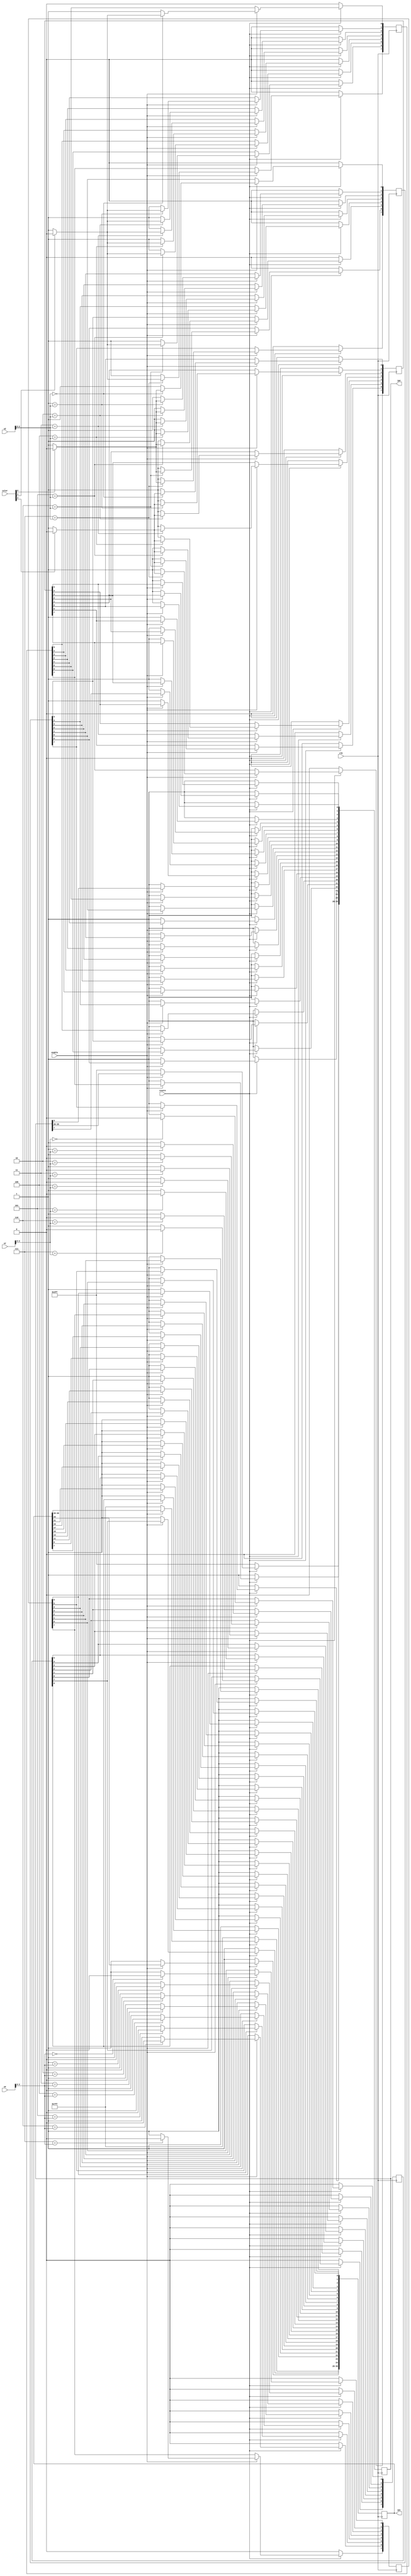
module LEDdisplay(input clk, input resetn,input enable,
	input [3:0] oX,input [3:0] oY,input [3:0] oZ,input [3:0] color,
	output reg [35:0] jp1, output reg  [35:0] jp2
	);
	
	//there can only be 1 '1' in x,y,z representing 1 lights
	
	
	// with (x,y) -NOR gate -> as neg end (ground)
	// z with selected colot -> as pos end (power)
	
	reg [7:0] x,y,z1,z2,z3;
	
	integer i;
	
	always @(posedge clk) begin
		if(~resetn) begin
			x <= 8'd0;
			y <= 8'd0;
			z1 <= 8'd0;
			z2 <= 8'd0;
			z3 <= 8'd0;
			jp2 <= {36{1'b1}};
			jp1 <= {36{1'b1}};
			
		end
		
		else if(enable) begin
			
			for(i=0;i<8;i=i+1) begin
				if(i == oX[2:0]) x[i] <= 0;
				else x[i] <= 1;
				
				if(i == oY[2:0]) y[i] <= 0;
				else y[i] <= 1;
				
				if(i == oZ[2:0]) begin
				
					if(color[2] == 1) z1[i] <= 0;
					else z1[i] <= 1;
					
					if(color[1] == 1) z2[i] <= 0;
					else z2[i] <= 1;
					
					if(color[0] == 1) z3[i] <= 0;
					else z3[i] <= 1;
					
				end
				else begin
					z1[i] <= 1;
					z2[i] <= 1;
					z3[i] <= 1;
				end
				
			end
			
			//on jp1
			jp1[0] <= x[0];
			jp1[2] <= x[1];
			jp1[4] <= x[2];
			jp1[6] <= x[3];
			jp1[8] <= x[4];
			jp1[1] <= x[5];
			jp1[3] <= x[6];
			jp1[5] <= x[7];
		
			jp1[10] <= y[0];
			jp1[12] <= y[1];
			jp1[14] <= y[2];
			jp1[16] <= y[3];
			jp1[18] <= y[4];
			jp1[20] <= y[5];
			jp1[22] <= y[6];
			jp1[24] <= y[7];
			
			
			//jp2
			jp2[0] <= z1[0];
			jp2[2] <= z1[1];
			jp2[4] <= z1[2];
			jp2[6] <= z1[3];
			jp2[8] <= z1[4];
			jp2[1] <= z1[5];
			jp2[3] <= z1[6];
			jp2[5] <= z1[7];
			
			jp2[10] <= z2[0];
			jp2[12] <= z2[1];
			jp2[14] <= z2[2];
			jp2[16] <= z2[3];
			jp2[18] <= z2[4];
			jp2[20] <= z2[5];
			jp2[22] <= z2[6];
			jp2[24] <= z2[7];
			
			jp2[11] <= z3[0];
			jp2[13] <= z3[1];
			jp2[15] <= z3[2];
			jp2[17] <= z3[3];
			jp2[19] <= z3[4];
			jp2[21] <= z3[5];
			jp2[23] <= z3[6];
			jp2[25] <= z3[7];
			
		
		end
		
		else begin
			jp2 <= {36{1'b1}};
			jp1 <= {36{1'b1}};
		end
			
		
	end
	
	

endmodule